画像に写った文字を読んでください
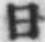
「日」と書いてあります